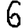
Digit: 6